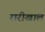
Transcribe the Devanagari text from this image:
रारीखाल